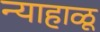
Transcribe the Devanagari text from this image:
न्याहाळू